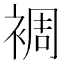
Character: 裯